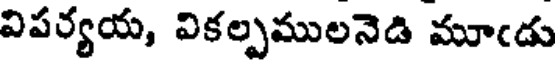
విపర్యయ, వికల్పములనెడి మూఁడు